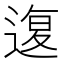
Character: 𰻇